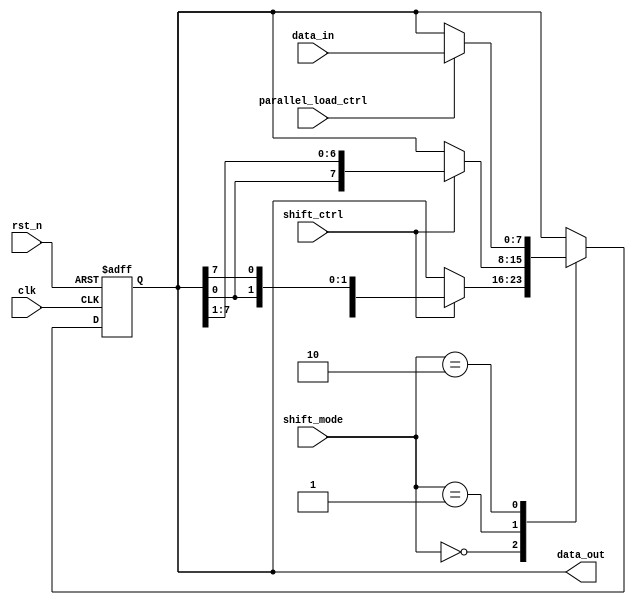
module universal_shift_register (
  input rst_n,
  input shift_ctrl,
  input parallel_load_ctrl,
  input [7:0] data_in,
  input clk,
  input [1:0] shift_mode,
  output reg [7:0] data_out
);

reg [7:0] shift_reg;

always @(posedge clk or negedge rst_n) begin
  if (!rst_n) begin
    shift_reg <= 8'b0;
  end else begin
    case (shift_mode)
      2'b00: // Shift left
      begin
        if (shift_ctrl) begin
          shift_reg <= {shift_reg[6:0], shift_reg[7]};
        end
      end
      2'b01: // Shift right
      begin
        if (shift_ctrl) begin
          shift_reg <= {shift_reg[0], shift_reg[7:1]};
        end
      end
      2'b10: // Parallel load
      begin
        if (parallel_load_ctrl) begin
          shift_reg <= data_in;
        end
      end
      default: shift_reg <= shift_reg;
    endcase
  end
end

assign data_out = shift_reg;

endmodule